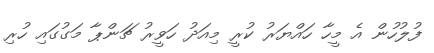
ފުލުހުން އެ މީހާ ހައްޔަރު ކުރީ މިއަދު ހަވީރު ޗަންޕާ މަގުގައި ހުރި